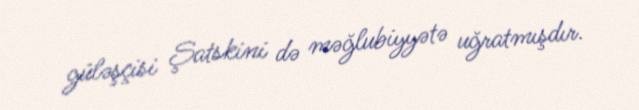
güləşçisi Şatskini də məğlubiyyətə uğratmışdır.